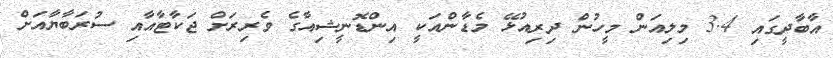
އާބާދީގައި 3.4 މިލިއަން މީހުން ދިރިއުޅޭ މެޑާންއަކީ އިންޑޮނީޝިއާގެ ވެރިރަށް ޖަކާޓާއާއި ސުރަބާޔާއަށް